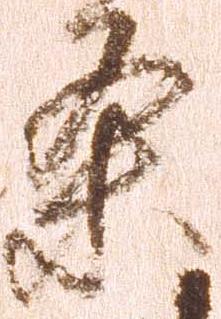
条